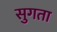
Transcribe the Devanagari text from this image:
सुगता